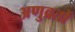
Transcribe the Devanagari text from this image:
अणुव्रतों